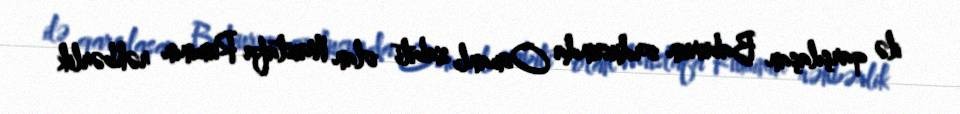
ilə qarşılaşan Baburun ordusunda Osmanlı zabiti olan Mustafa Ruminin rəhbərlik